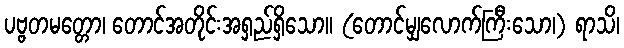
ပဗ္ဗတမတ္တော၊ တောင်အတိုင်းအရှည်ရှိသော။ (တောင်မျှလောက်ကြီးသော၊) ရာသိ၊